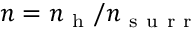
n = n _ { \mathrm { ~ h ~ } } / n _ { \mathrm { ~ s ~ u ~ r ~ r ~ } }